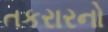
તકરારનો